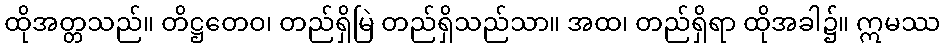
ထိုအတ္တသည်။ တိဋ္ဌတေဝ၊ တည်ရှိမြဲ တည်ရှိသည်သာ။ အထ၊ တည်ရှိရာ ထိုအခါ၌။ ဣမဿ